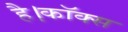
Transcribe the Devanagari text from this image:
है।कॉक्स